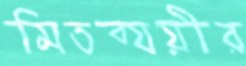
মিতব্যয়ীর